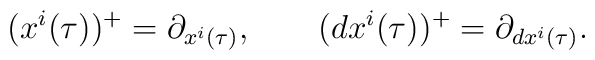
(x^i(\tau))^+=\partial_{x^i(\tau)},\qquad (dx^i(\tau))^+=\partial_{dx^i(\tau)}.